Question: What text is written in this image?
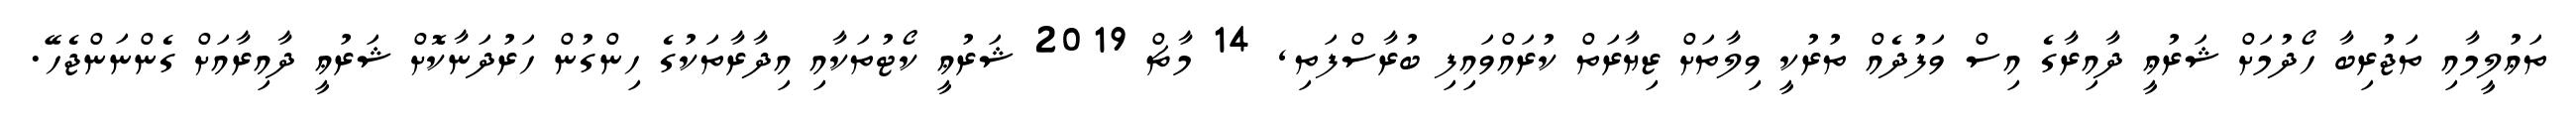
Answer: ތަޢުލީމާއި ތަޖުރިބާ ހޯދުމަށް ޝަރުޢީ ދާއިރާގެ އިސް ވަފުދެއް ތުރުކީ ވިލާތަށް ޒިޔާރަތް ކުރައްވައިފި ބުރާސްފަތި, 14 މާޗް 2019 ޝަރުޢީ ކޯޓުތަކާއި އިދާރާތަކުގެ ހިންގުން ހަރުދަނާކޮށް ޝަރުޢީ ދާއިރާއަށް ގެންނަންޖެހޭ.